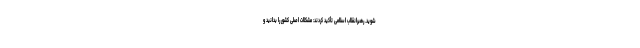
شوید. رهبرانقلاب اسلامی تأکید کردند: مشکلات اصلی کشور را بدانید و